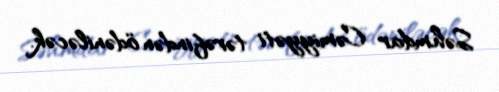
Səhmdar Cəmiyyəti tərəfindən ödəniləcək.